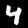
Label: 4